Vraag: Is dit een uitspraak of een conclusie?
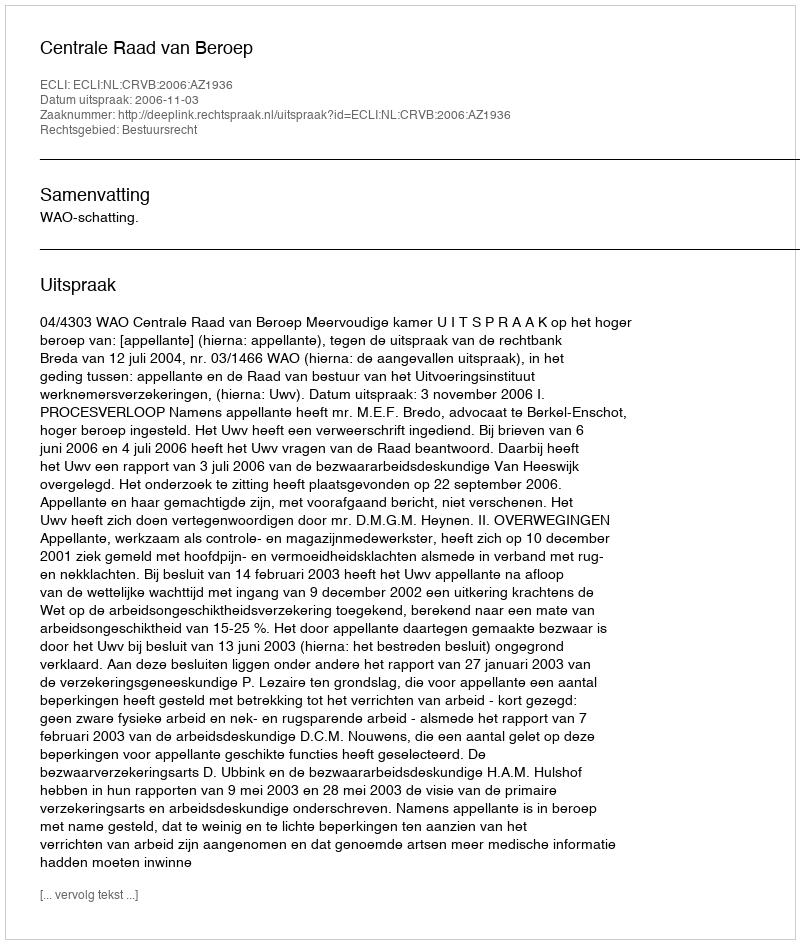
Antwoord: Uitspraak